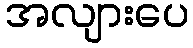
အလျားပေ